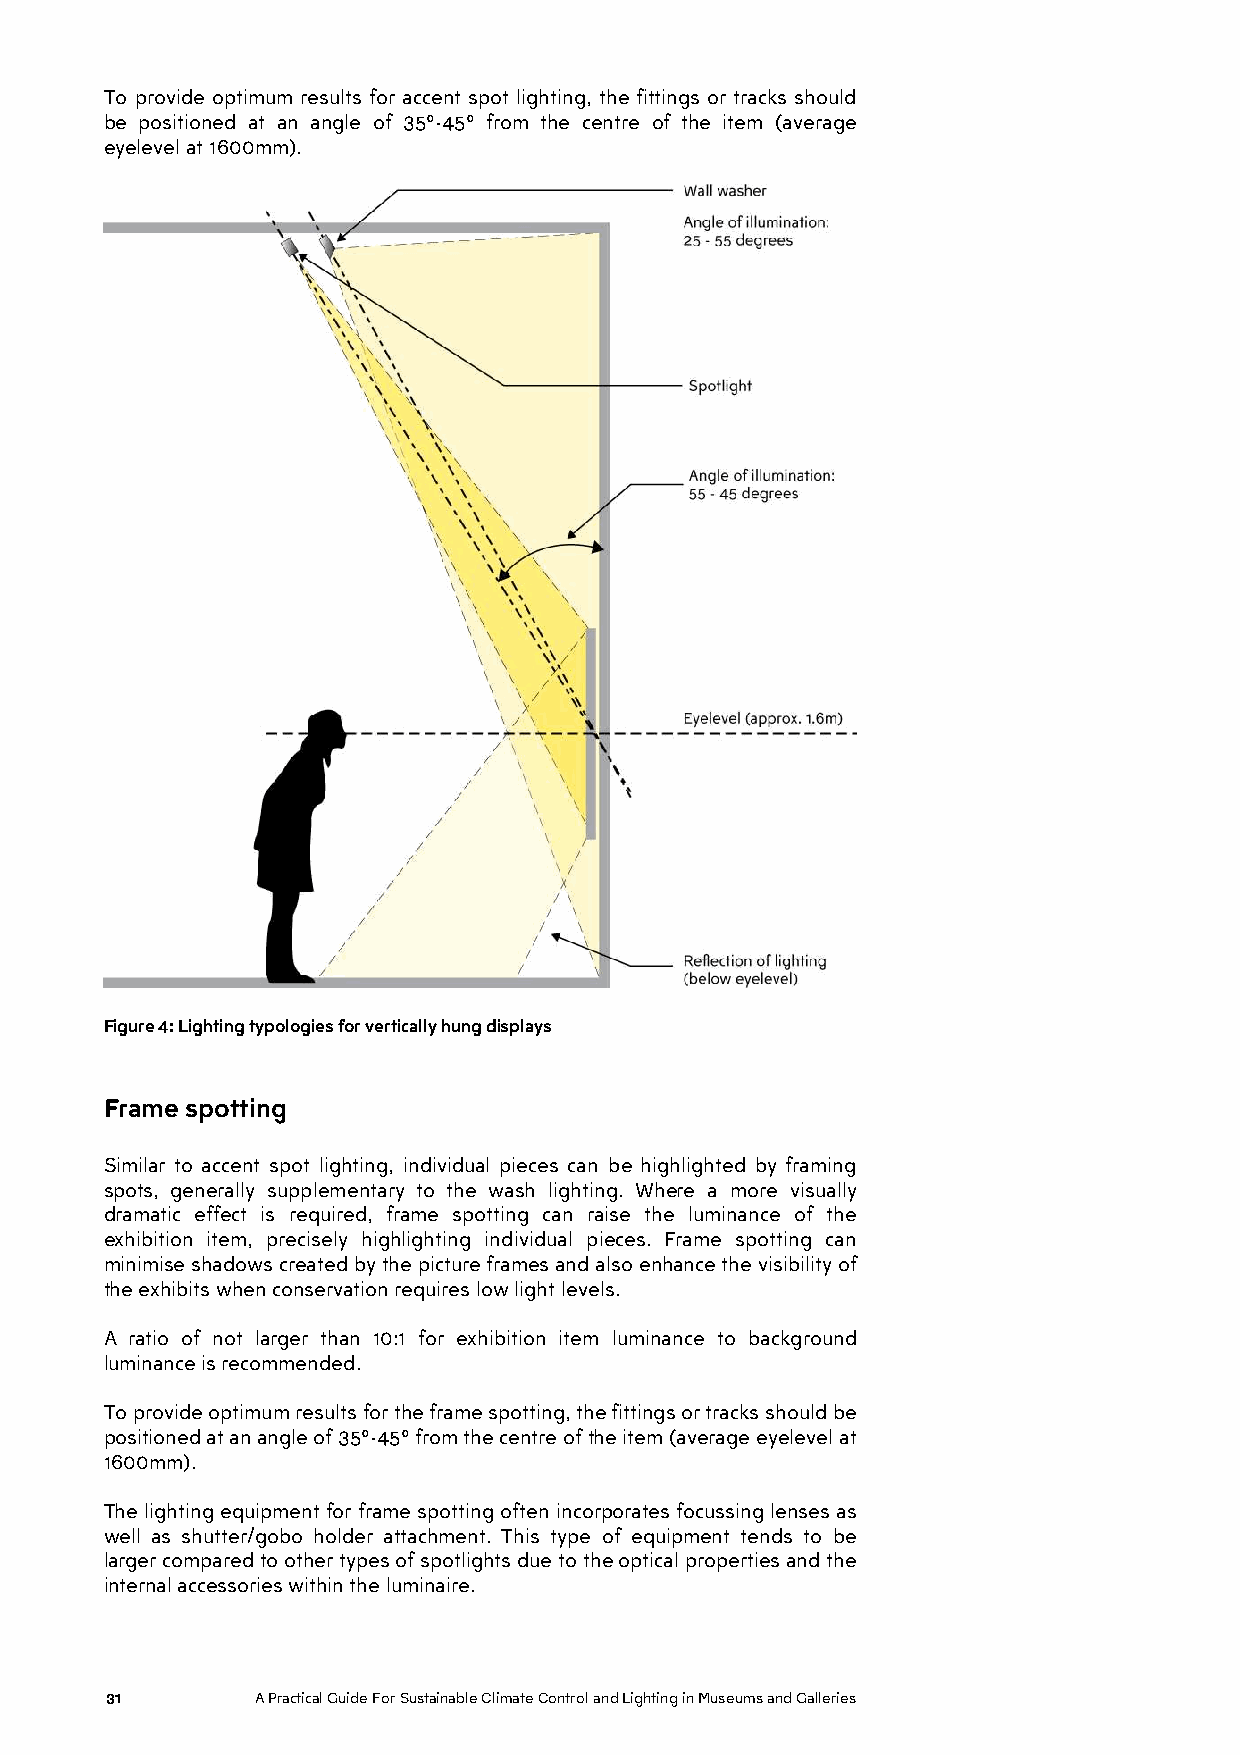
To provide optimum results for accent spot lighting, the fittings or tracks should
 be positioned at an angle of 35°-45° from the centre of the item (average
 eyelevel at 1600mm).
 Figure 4: Lighting typologies for vertically hung displays
 Frame spotting
 Similar to accent spot lighting, individual pieces can be highlighted by framing
 spots, generally supplementary to the wash lighting. Where a more visually
 dramatic effect is required, frame spotting can raise the luminance of the
 exhibition item, precisely highlighting individual pieces. Frame spotting can
 minimise shadows created by the picture frames and also enhance the visibility of
 the exhibits when conservation requires low light levels.
 A ratio of not larger than 10:1 for exhibition item luminance to background
 luminance is recommended.
 To provide optimum results for the frame spotting, the fittings or tracks should be
 positioned at an angle of 35°-45° from the centre of the item (average eyelevel at
 1600mm).
 The lighting equipment for frame spotting often incorporates focussing lenses as
 well as shutter/gobo holder attachment. This type of equipment tends to be
 larger compared to other types of spotlights due to the optical properties and the
 internal accessories within the luminaire.
 31        A Practical Guide For Sustainable Climate Control and Lighting in Museums and Galleries